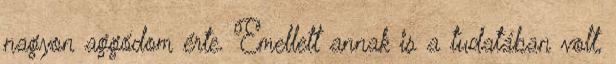
nagyon aggódom érte. Emellett annak is a tudatában volt,